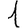
Digit: 1